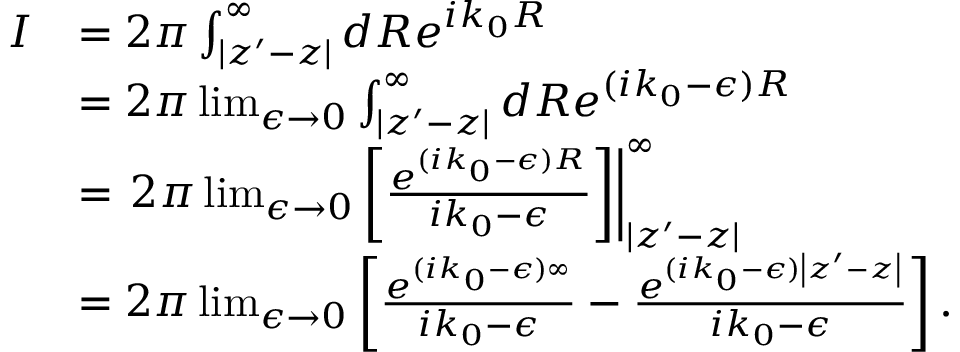
{ \begin{array} { r l } { I } & { = 2 \pi \int _ { \left| z ^ { \prime } - z \right| } ^ { \infty } d R e ^ { i k _ { 0 } R } } \\ & { = 2 \pi \operatorname* { l i m } _ { \epsilon \to 0 } \int _ { \left| z ^ { \prime } - z \right| } ^ { \infty } d R e ^ { ( i k _ { 0 } - \epsilon ) R } } \\ & { = \left. 2 \pi \operatorname* { l i m } _ { \epsilon \to 0 } \left[ { \frac { e ^ { ( i k _ { 0 } - \epsilon ) R } } { i k _ { 0 } - \epsilon } } \right] \right| _ { \left| z ^ { \prime } - z \right| } ^ { \infty } } \\ & { = 2 \pi \operatorname* { l i m } _ { \epsilon \to 0 } \left[ { \frac { e ^ { ( i k _ { 0 } - \epsilon ) \infty } } { i k _ { 0 } - \epsilon } } - { \frac { e ^ { ( i k _ { 0 } - \epsilon ) { \left| z ^ { \prime } - z \right| } } } { i k _ { 0 } - \epsilon } } \right] . } \end{array} }